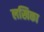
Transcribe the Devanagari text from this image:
लखिका